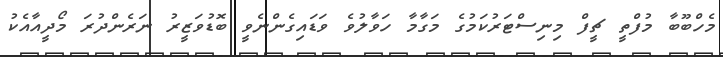
މެހްބޫބާ މުފްތީ ޗީފް މިނިސްޓަރުކަމުގެ މަގާމާ ހަވާލުވެ ވަޑައިގެންނެވީ ބޮޑުވަޒީރު ނަރެންދުރަ މޯދީއާއެކު